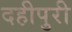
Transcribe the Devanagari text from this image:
दहीपुरी